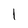
Character: l